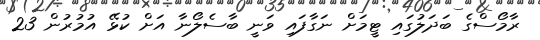
ރާމޯސްގެ ބަދަލުގައި ޓީމަށް ނަގާފައި ވަނީ ބާސެލޯނާ އަށް ކުޅޭ އުމުރުން 23